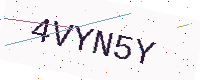
Text: 4VYN5Y